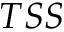
T S S